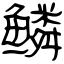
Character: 鳞